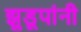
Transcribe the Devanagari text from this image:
झुडूपांनी